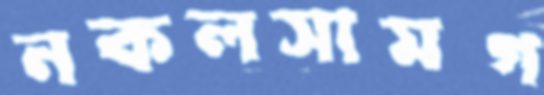
নকলসামগ